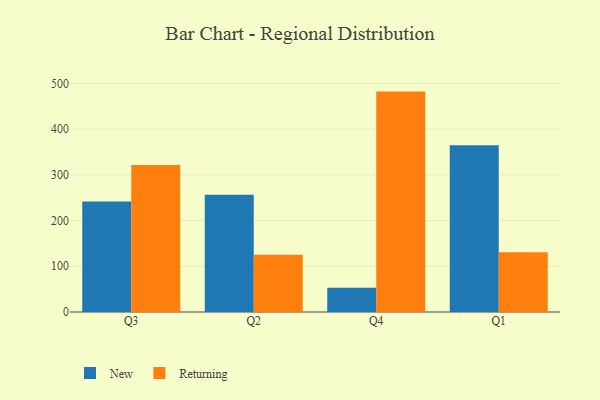
{"axis": {"x": "Quarter", "y": "LTV (USD)"}, "legend": ["New", "Returning"], "data": [{"x": "Q3", "y": 241.6, "type": "New"}, {"x": "Q3", "y": 321.8, "type": "Returning"}, {"x": "Q2", "y": 256.2, "type": "New"}, {"x": "Q2", "y": 125.3, "type": "Returning"}, {"x": "Q4", "y": 53.0, "type": "New"}, {"x": "Q4", "y": 482.1, "type": "Returning"}, {"x": "Q1", "y": 364.9, "type": "New"}, {"x": "Q1", "y": 130.9, "type": "Returning"}]}